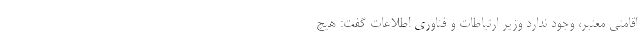
اقامتی معتبر، وجود ندارد وزیر ارتباطات و فناوری اطلاعات گفت: هیچ